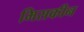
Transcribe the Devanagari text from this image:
मिसकीन